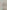
: